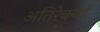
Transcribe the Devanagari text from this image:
अतिरेक्यां